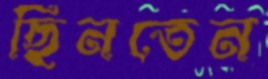
ছিনতেন